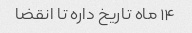
۱۴ ماه تاریخ داره تا انقضا